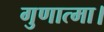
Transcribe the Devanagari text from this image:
गुणात्मा।